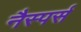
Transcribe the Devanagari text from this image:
नैस्पर्स